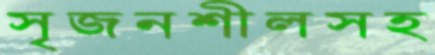
সৃজনশীলসহ